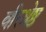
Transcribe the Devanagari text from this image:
वीरश्रेष्ठ